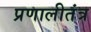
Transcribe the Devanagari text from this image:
प्रणालीतंत्र